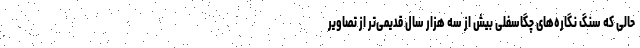
حالی که ‌سنگ نگاره‌های چگاسفلی بیش از سه هزار سال قدیمی‌تر از تصاویر